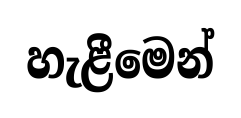
හැළීමෙන්